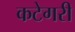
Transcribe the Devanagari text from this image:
कटेगरी